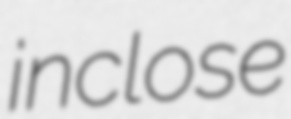
inclose